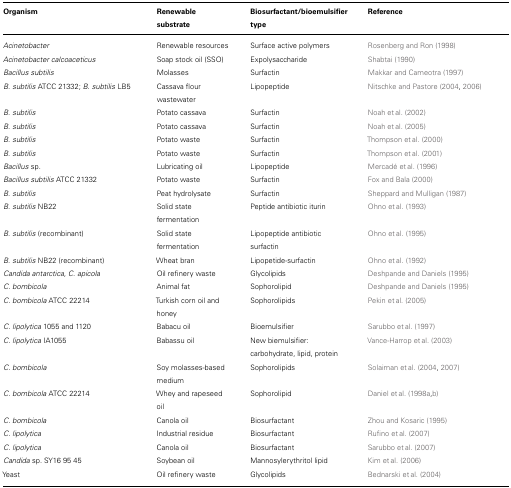
<table><thead><tr><td><b>Organism</b></td><td><b>Renewable substrate</b></td><td><b>Biosurfactant/bioemulsifier type</b></td><td><b>Reference</b></td></tr></thead><tbody><tr><td><i>Acinetobacter</i></td><td>Renewable resources</td><td>Surface active polymers</td><td>Rosenberg and Ron (1998)</td></tr><tr><td><i>Acinetobacter calcoaceticus</i></td><td>Soap stock oil (SSO)</td><td>Expolysaccharide</td><td>Shabtai (1990)</td></tr><tr><td><i>Bacillus subtilis</i></td><td>Molasses</td><td>Surfactin</td><td>Makkar and Cameotra (1997)</td></tr><tr><td><i>B. subtilis</i> ATCC 21332; <i>B. subtilis</i> LB5</td><td>Cassava flour wastewater</td><td>Lipopeptide</td><td>Nitschke and Pastore (2004, 2006)</td><td></td></tr><tr><td><i>B. subtilis</i></td><td>Potato cassava</td><td>Surfactin</td><td>Noah et al. (2002)</td></tr><tr><td><i>B. subtilis</i></td><td>Potato cassava</td><td>Surfactin</td><td>Noah et al. (2005)</td></tr><tr><td><i>B. subtilis</i></td><td>Potato waste</td><td>Surfactin</td><td>Thompson et al. (2000)</td></tr><tr><td><i>B. subtilis</i></td><td>Potato waste</td><td>Surfactin</td><td>Thompson et al. (2001)</td></tr><tr><td><i>Bacillus</i> sp.</td><td>Lubricating oil</td><td>Lipopeptide</td><td>Mercadé et al. (1996)</td></tr><tr><td><i>Bacillus subtilis</i> ATCC 21332</td><td>Potato waste</td><td>Surfactin</td><td>Fox and Bala (2000)</td></tr><tr><td><i>B. subtilis</i></td><td>Peat hydrolysate</td><td>Surfactin</td><td>Sheppard and Mulligan (1987)</td></tr><tr><td><i>B. subtilis</i> NB22</td><td>Solid state fermentation</td><td>Peptide antibiotic iturin</td><td>Ohno et al. (1993)</td></tr><tr><td><i>B. subtilis</i> (recombinant)</td><td>Solid state fermentation</td><td>Lipopeptide antibiotic surfactin</td><td>Ohno et al. (1995)</td></tr><tr><td><i>B. subtilis</i> NB22 (recombinant)</td><td>Wheat bran</td><td>Lipopetide-surfactin</td><td>Ohno et al. (1992)</td></tr><tr><td><i>Candida antarctica</i>, <i>C. apicola</i></td><td>Oil refinery waste</td><td>Glycolipids</td><td>Deshpande and Daniels (1995)</td></tr><tr><td><i>C. bombicola</i></td><td>Animal fat</td><td>Sophorolipid</td><td>Deshpande and Daniels (1995)</td></tr><tr><td><i>C. bombicola</i> ATCC 22214</td><td>Turkish corn oil and honey</td><td>Sophorolipids</td><td>Pekin et al. (2005)</td></tr><tr><td><i>C. lipolytica</i> 1055 and 1120</td><td>Babacu oil</td><td>Bioemulsifier</td><td>Sarubbo et al. (1997)</td></tr><tr><td><i>C. lipolytica</i> IA1055</td><td>Babassu oil</td><td>New biemulsifier: carbohydrate, lipid, protein</td><td>Vance-Harrop et al. (2003)</td></tr><tr><td><i>C. bombicola</i></td><td>Soy molasses-based medium</td><td>Sophorolipids</td><td>Solaiman et al. (2004, 2007)</td></tr><tr><td><i>C. bombicola</i> ATCC 22214</td><td>Whey and rapeseed oil</td><td>Sophorolipid</td><td>Daniel et al. (1998a,b)</td></tr><tr><td><i>C. bombicola</i></td><td>Canola oil</td><td>Biosurfactant</td><td>Zhou and Kosaric (1995)</td></tr><tr><td><i>C. lipolytica</i></td><td>Industrial residue</td><td>Biosurfactant</td><td>Rufino et al. (2007)</td></tr><tr><td><i>C. lipolytica</i></td><td>Canola oil</td><td>Biosurfactant</td><td>Sarubbo et al. (2007)</td></tr><tr><td><i>Candida</i> sp. SY16 95 45</td><td>Soybean oil</td><td>Mannosylerythritol lipid</td><td>Kim et al. (2006)</td></tr><tr><td>Yeast</td><td>Oil refinery waste</td><td>Glycolipids</td><td>Bednarski et al. (2004)</td></tr></tbody></table>